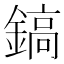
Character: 鎬